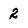
Character: 2